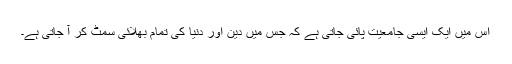
اس میں ایک ایسی جامعیت پائی جاتی ہے کہ جس میں دین اور دنیا کی تمام بھلائی سمٹ کر آ جاتی ہے۔